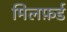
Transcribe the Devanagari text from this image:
मिलफ़र्ड